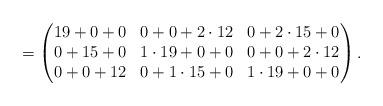
LaTeX: \begin{align*} = \begin{pmatrix}19+ 0 + 0&0+0+2 \cdot 12&0+2 \cdot 15+0\\0+15+ 0&1 \cdot 19+0+0&0+0+2 \cdot 12\\0+0+12&0+1 \cdot 15+0&1 \cdot 19+0+0\end{pmatrix}.\end{align*}